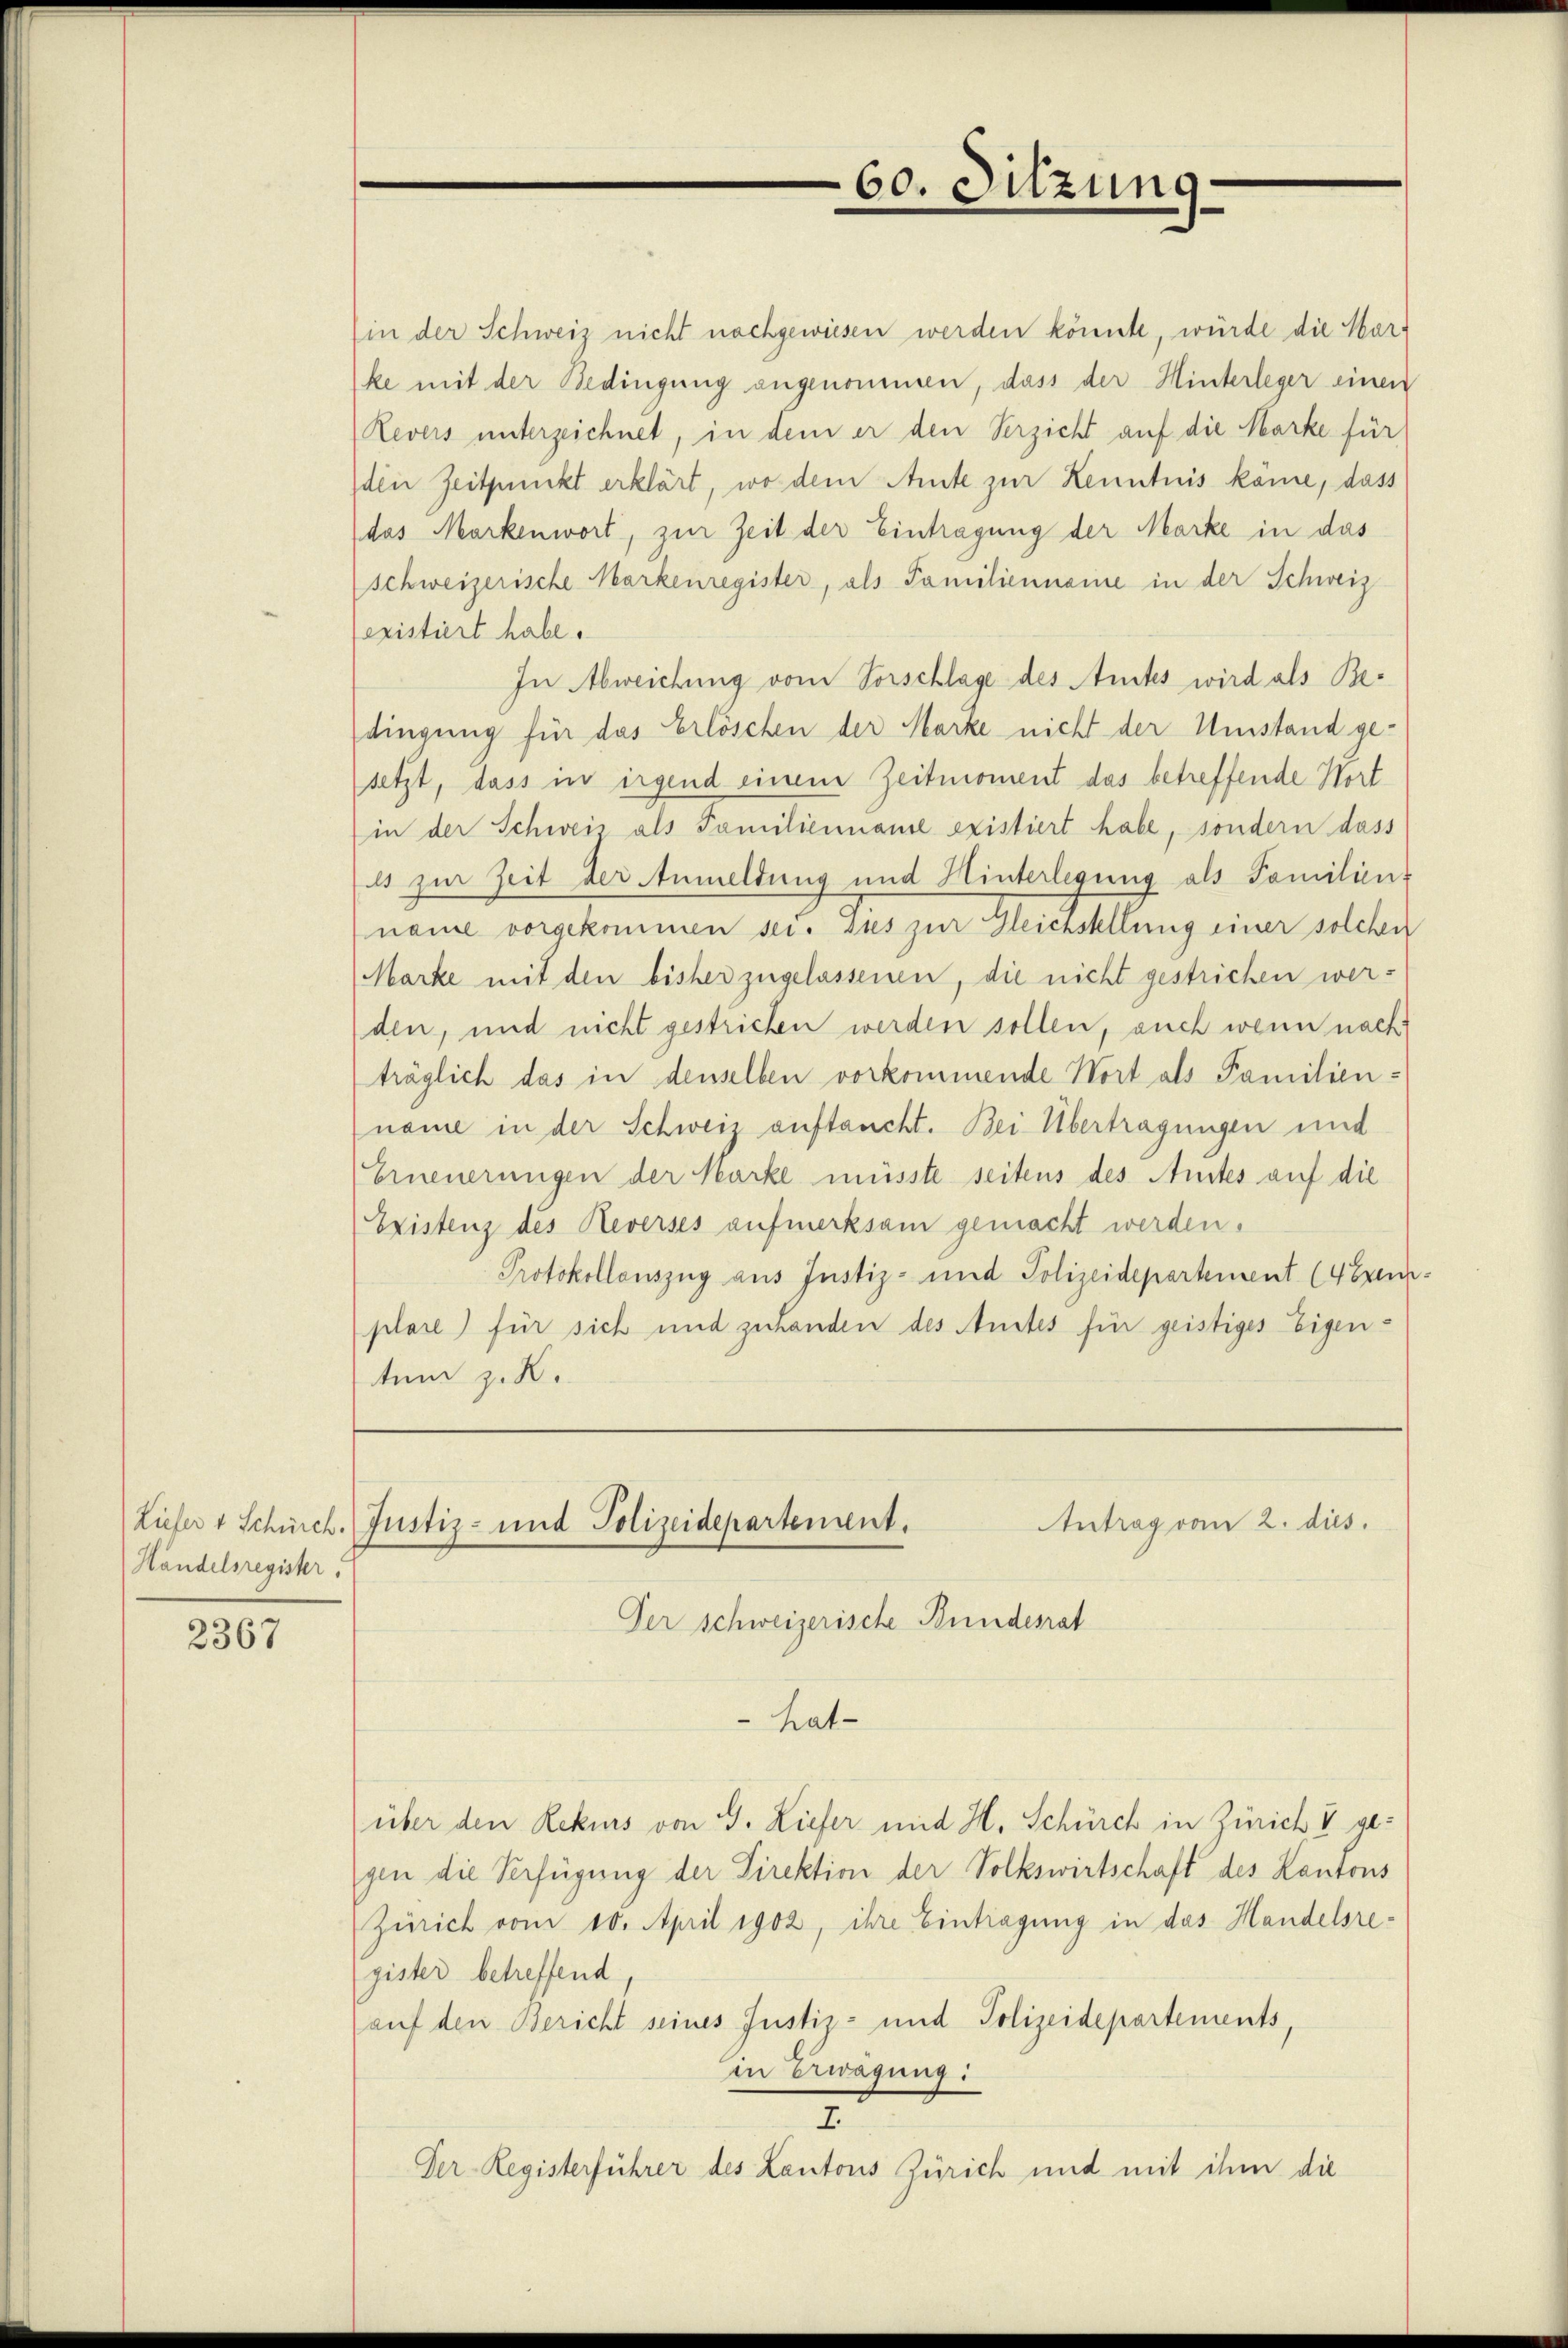
) Liefer 4 Schürch.
Handelsregister.

2367

60. Sitzung

(in der Schweiz nicht nachgewiesen werden könnte, würde die Warke mit der Bedingung angenommen, dass der Hinterleger einen
Revers unterzeichnet, in dem er den Verzicht auf die Marke für
den Zeitpunkt erklärt, wo dem Amte zur Kenntnis käme, dass
das Markenwort, zur Zeit der Eintragung der Marke in das
schweizerische Markenregister, als Familienname in der Schweiz
existiert habe.
In Abweichung vom Vorschlage des Amtes wird als Bedingung für das Erlöschen der Marke nicht der Umstand gesetzt, dass in irgend einem Zeitmoment das betreffende Wort
in der Schweiz als Familienname existiert habe, sondern dass
ils zur Zeit der Anmeldung und Hinterlegung als Familiens
name vorgekommen sei. Sies zur Gleichstellung einer solchen
Marke mit den bisher zugelassenen, die nicht gestrichen werden, und nicht gestricken werden sollen, auch wenn nach
träglich das in denselben vorkommende Wort als Familien-
name in der Schweiz auftaucht. Bei Übertragungen und
Erneuerungen der Marke müsste seitens des Amtes auf die
Existenz des Reverses aufmerksam gemacht werden.
Protokollauszug aus Justiz- und Polizeidepartement (Abrunplare) für sich und zuhanden des Anstes für geistiges Eigentem z. R.

Antrag vom 2. dies.
Justiz- und Polizeidepartement.

Der schweizerische Bundesrat
hatüber den Rekurs von S. Liefer und H. Schürch in Zürich V gegen die Verfügung der Direktion der Volkswirtschaft des Kantons
Zürich vom 10. April 1902, ihre Eintragung in das Handelsregister betreffend,
auf den Bericht seines Justiz- und Polizeidepartements,
in Erwägung:
7
Der-Registerführer des Lantons Zürich und mit ihm die